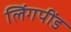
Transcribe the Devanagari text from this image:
लिंगपींड